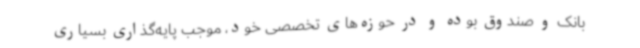
بانک و صندوق بوده و در حوزه‌های تخصصی خود، موجب پایه‌گذاری بسیاری